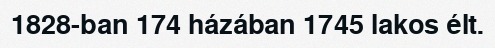
1828-ban 174 házában 1745 lakos élt.